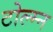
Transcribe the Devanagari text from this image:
टोल्म्न